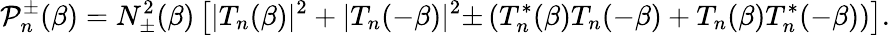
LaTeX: {\cal P}_{n}^{\pm}(\beta)=N_{\pm}^{2}(\beta)\left[|T_{n}(\beta)|^{2}+|T_{n}(-\beta)|^{2}{\pm}\left(T_{n}^{*}(\beta)T_{n}(-\beta)+T_{n}(\beta)T_{n}^{*}(-\beta)\right)\right].